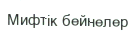
Мифтік бейнелер